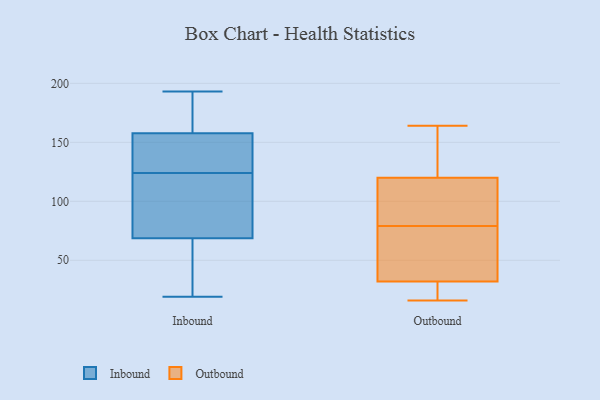
{"axis": {"x": "Revenue (USD Million)", "y": "Value"}, "legend": ["Inbound", "Outbound"], "data": [{"x": "", "y": 185, "type": "Inbound"}, {"x": "", "y": 173, "type": "Inbound"}, {"x": "", "y": 63, "type": "Inbound"}, {"x": "", "y": 154, "type": "Inbound"}, {"x": "", "y": 113, "type": "Inbound"}, {"x": "", "y": 181, "type": "Inbound"}, {"x": "", "y": 62, "type": "Inbound"}, {"x": "", "y": 59, "type": "Inbound"}, {"x": "", "y": 157, "type": "Inbound"}, {"x": "", "y": 193, "type": "Inbound"}, {"x": "", "y": 91, "type": "Inbound"}, {"x": "", "y": 124, "type": "Inbound"}, {"x": "", "y": 137, "type": "Inbound"}, {"x": "", "y": 158, "type": "Inbound"}, {"x": "", "y": 39, "type": "Inbound"}, {"x": "", "y": 86, "type": "Inbound"}, {"x": "", "y": 125, "type": "Inbound"}, {"x": "", "y": 91, "type": "Inbound"}, {"x": "", "y": 19, "type": "Inbound"}, {"x": "", "y": 16, "type": "Outbound"}, {"x": "", "y": 70, "type": "Outbound"}, {"x": "", "y": 88, "type": "Outbound"}, {"x": "", "y": 164, "type": "Outbound"}, {"x": "", "y": 32, "type": "Outbound"}, {"x": "", "y": 164, "type": "Outbound"}, {"x": "", "y": 104, "type": "Outbound"}, {"x": "", "y": 120, "type": "Outbound"}, {"x": "", "y": 50, "type": "Outbound"}, {"x": "", "y": 27, "type": "Outbound"}]}